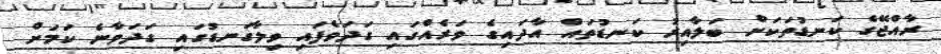
ރާއްޖޭގެ ކަނޑުތަކަށް ބަލާއިރު ކަނޑުތައް އާދައިގެ ވަރެއްގައި ގަދަވެފައި ވިލާގަނޑުގައި ގަދަވާނެ ކަމަށް